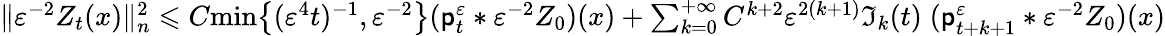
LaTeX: \begin{array}{r}{\| \varepsilon^{-2}Z_{t}(x)\| _{n}^{2}\leqslant C\mathrm{min}\big\{ (\varepsilon^{4}t)^{-1},\varepsilon^{-2}\big\} (\mathsf{p}_{t}^{\varepsilon}\ast\varepsilon^{-2}Z_{0})(x)+\sum_{k=0}^{+\infty}C^{k+2}\varepsilon^{2(k+1)}\mathfrak{I}_{k}(t)\; (\mathsf{p}_{t+k+1}^{\varepsilon}\ast\varepsilon^{-2}Z_{0})(x)}\end{array}